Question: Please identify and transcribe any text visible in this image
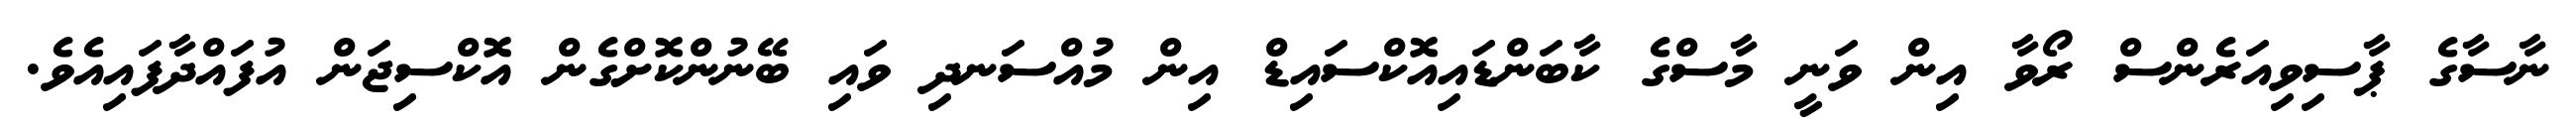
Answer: ނާސާގެ ޕާސިވިއަރެންސް ރޯވާ އިން ވަނީ މާސްގެ ކާބަންޑައިއޮކްސައިޑް އިން މުއްސަނދި ވައި ބޭނުންކޮށްގެން އޮކްސިޖަން އުފައްދާފައިއެވެ.